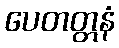
ပေတတ္တနံ